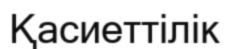
Қасиеттілік